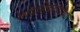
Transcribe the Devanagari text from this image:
सादारीकरणाच्या